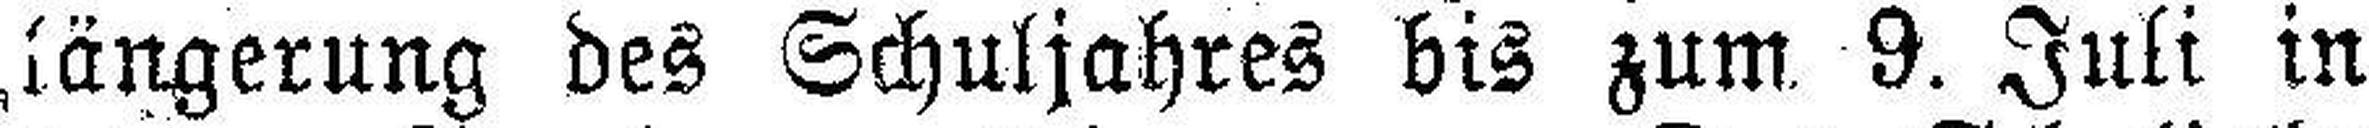
längerung des Schuljahres bis zum 9. Juli in